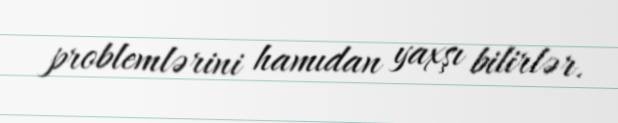
problemlərini hamıdan yaxşı bilirlər.